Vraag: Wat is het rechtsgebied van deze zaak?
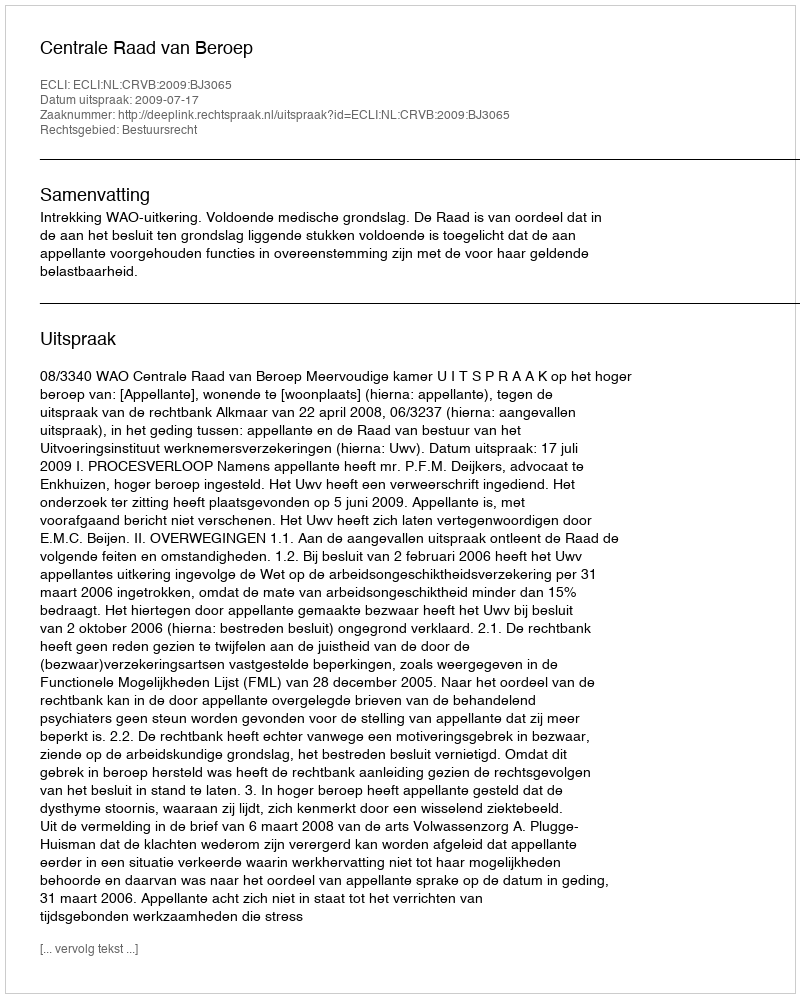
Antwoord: Bestuursrecht